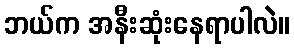
ဘယ်က အနီးဆုံးနေရာပါလဲ။